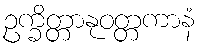
ဥက္ခိတ္တာနုဝတ္တကာနံ